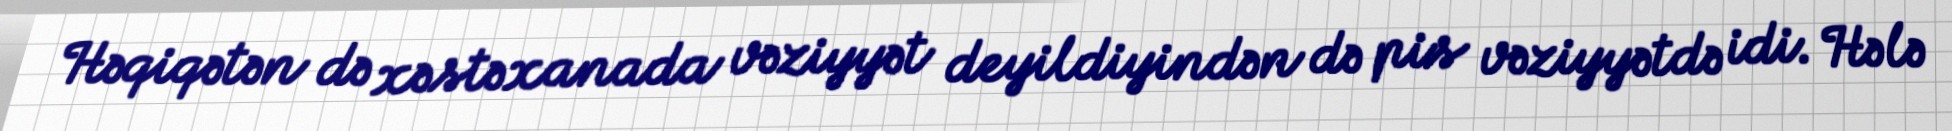
Həqiqətən də xəstəxanada vəziyyət deyildiyindən də pis vəziyyətdə idi. Hələ